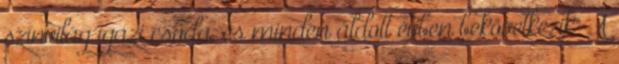
színvilág igazi csoda, és minden áldott évben bekövetkezik" A